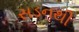
સડનથી